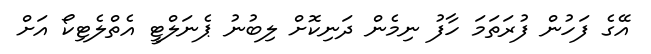
އޭގެ ފަހުން ފުރަތަމަ ހާފު ނިމެން ދަނިކޮށް ލިބުނު ޕެނަލްޓީ އެތްލެޓިކޯ އަށް